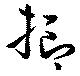
抑